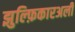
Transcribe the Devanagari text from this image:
झुल्फ़िकारअली